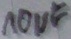
Text: 10µF